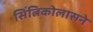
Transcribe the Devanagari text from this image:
सिंत्निकोलासने